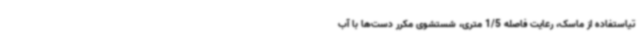
تیاستفاده از ماسک، رعایت فاصله 1/5 متری، شستشوی مکرر دست‌ها با آب